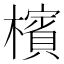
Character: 檳